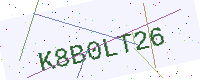
Text: K8B0LT26